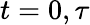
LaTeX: t=0,\tau